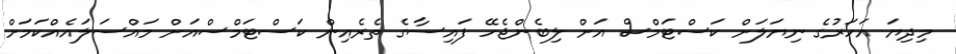
މިދިޔަ އަހަރުގެ ނިޔަލަށް ކަސްޓަމްސް އަށް ލިބެންޖެހޭ ފައިސާގެ ތެރެއިން ކަސްޓަމްސްއަށް މައްސަލައެއްކަމަށް